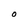
Character: O